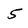
Character: 5